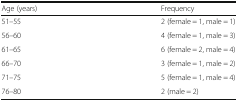
<table><thead><tr><td><b>Age (years)</b></td><td><b>Frequency</b></td></tr></thead><tbody><tr><td>51–55</td><td>2 (female = 1, male = 1)</td></tr><tr><td>56–60</td><td>4 (female = 1, male = 3)</td></tr><tr><td>61–65</td><td>6 (female = 2, male = 4)</td></tr><tr><td>66–70</td><td>3 (female = 1, male = 2)</td></tr><tr><td>71–75</td><td>5 (female = 1, male = 4)</td></tr><tr><td>76–80</td><td>2 (male = 2)</td></tr></tbody></table>